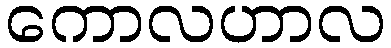
ကောလဟာလ